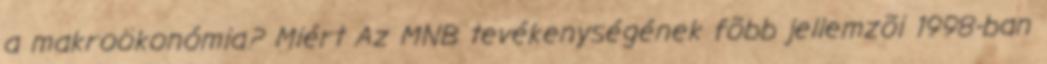
a makroökonómia? Miért Az MNB tevékenységének fõbb jellemzõi 1998-ban